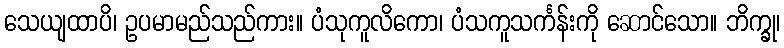
သေယျထာပိ၊ ဥပမာမည်သည်ကား။ ပံသုကူလိကော၊ ပံသကူသင်္ကန်းကို ဆောင်သော။ ဘိက္ခု၊